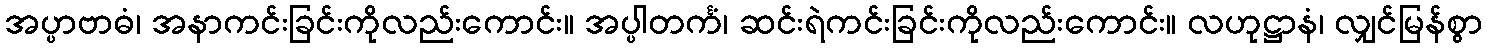
အပ္ပာဗာဓံ၊ အနာကင်းခြင်းကိုလည်းကောင်း။ အပ္ပါတင်္ကံ၊ ဆင်းရဲကင်းခြင်းကိုလည်းကောင်း။ လဟုဋ္ဌာနံ၊ လျှင်မြန်စွာ